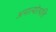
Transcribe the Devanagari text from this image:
अमात्योत्पत्ति